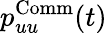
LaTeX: p_{uu}^{\operatorname{Comm}}(t)